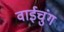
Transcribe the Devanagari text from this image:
वाईचुंग